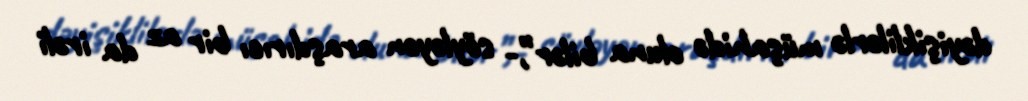
dəyişiklilərlə müşahidə oluna bilər”,- söyləyən araşdırıcı bir az da irəli